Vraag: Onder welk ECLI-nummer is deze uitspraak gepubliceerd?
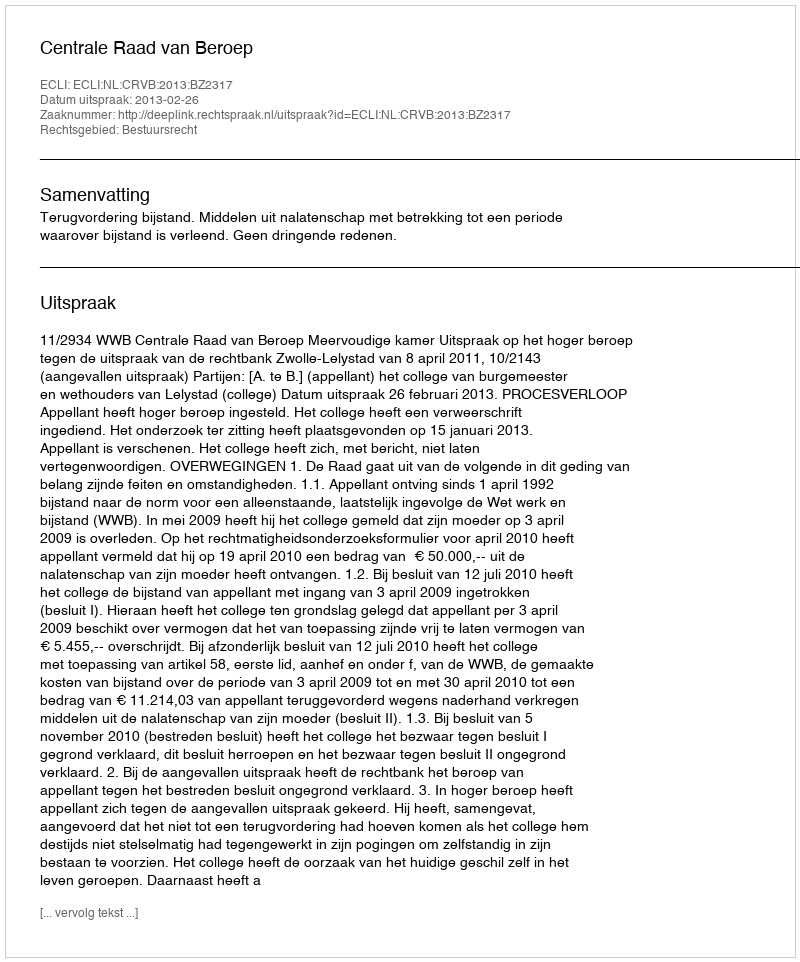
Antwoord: ECLI:NL:CRVB:2013:BZ2317